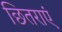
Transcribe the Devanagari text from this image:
छितराएं